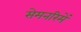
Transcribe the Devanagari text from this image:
सेमनरिमें